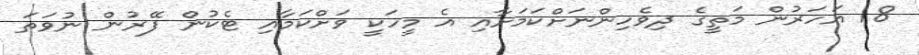
18 އަހަރުން މަތީގެ ދިވެހިންނަށްކަމަށާއި އެ މީހަކީ ވަށްކަމާއި ޓެކުން ފޭރުން ނުވަތަ